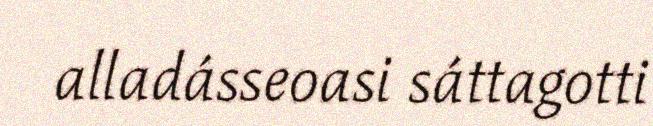
alladásseoasi sáttagotti